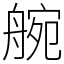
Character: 䑱